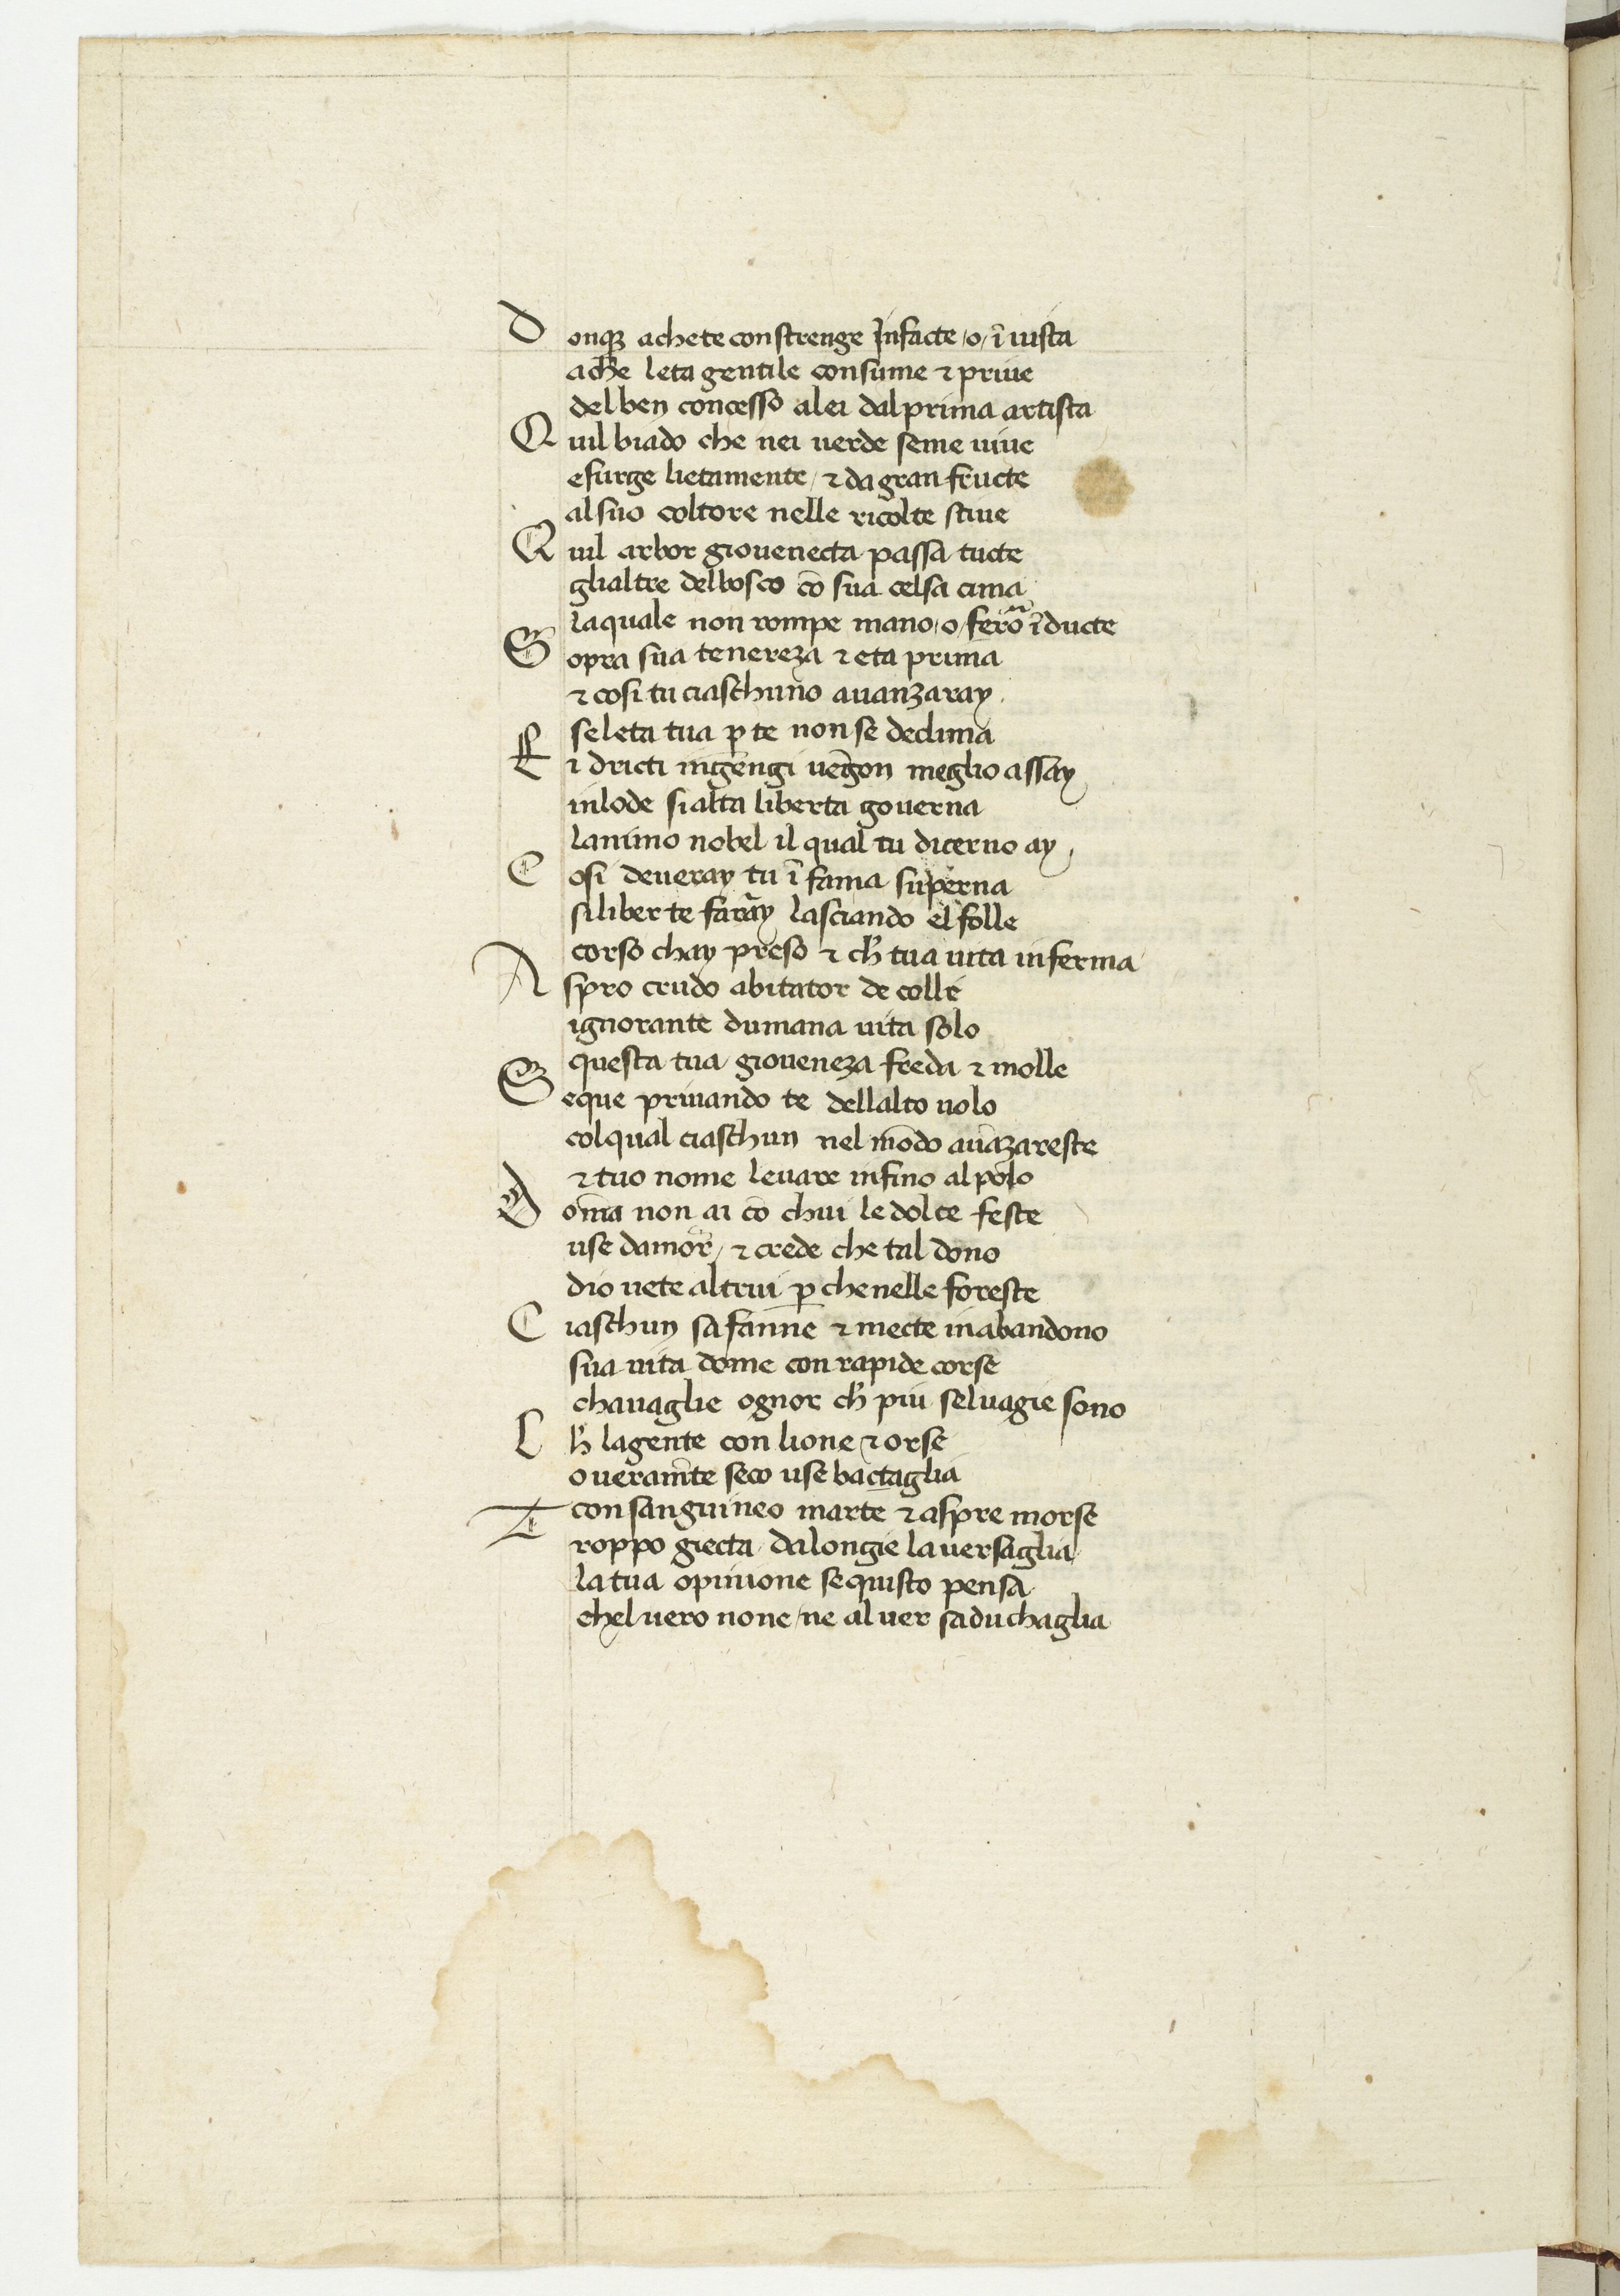
Shelfmark: Paris, BnF, ita. 594
Century: 15